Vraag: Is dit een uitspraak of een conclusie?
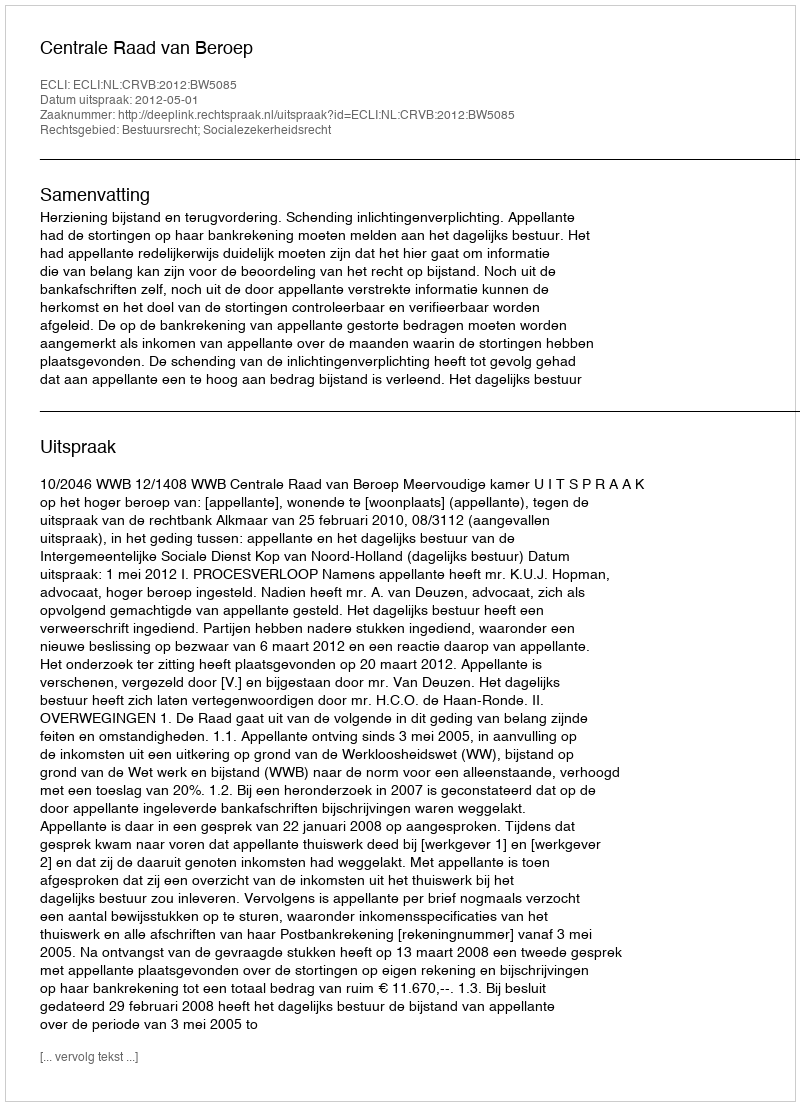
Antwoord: Uitspraak